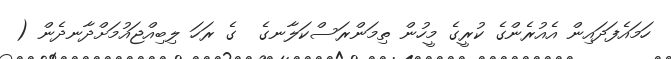
ހަމައެފަދައިން އެއުރެންގެ ކުރީގެ މީހުން ތިމަންރަސްކަލާނގެ  ގެ ރަހަ ލިބިއްޖައުމަށްދާނދެން (